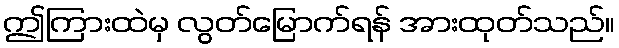
ဤကြားထဲမှ လွတ်မြောက်ရန် အားထုတ်သည်။